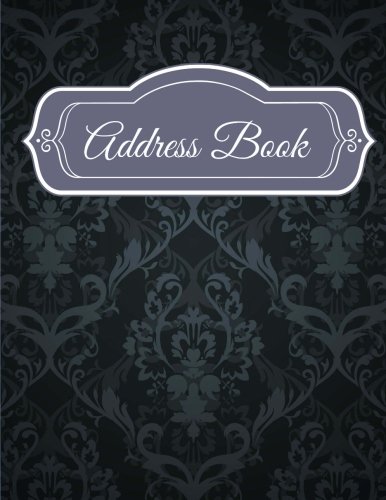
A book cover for Address Book (Jumbo Address Books ) (Volume 3); Creative Planners; Business & Money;